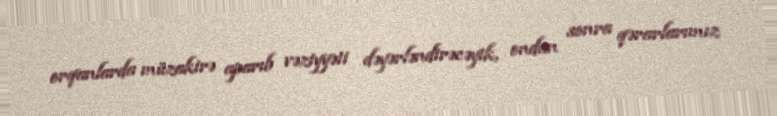
orqanlarda müzakirə aparıb vəziyyəti dəyərləndirəcəyik, ondan sonra qərarlarımız